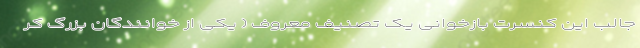
جالب این کنسرت بازخوانی یک تصنیف معروف ( یکی از خوانندگان بزرگ کر